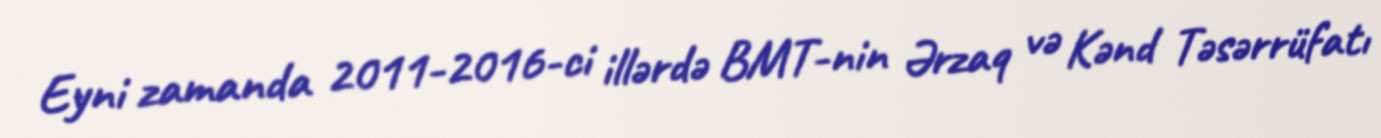
Eyni zamanda 2011-2016-ci illərdə BMT-nin Ərzaq və Kənd Təsərrüfatı